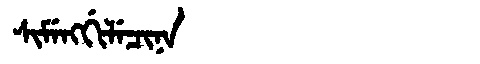
Manchu: ᠰᡳᠮᡝᠩᡤᡳᠯᡝᠴᡳᠨᠠ
Romanization: SIMENGGILECINA